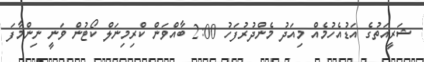
ޝަރީއަތުގެ އަޑުއެހުމެއް މިއަދު މެންދުރުފަހު 2:00 ބާއްވަން ކްރިމިނަލް ކޯޓުން ވަނީ ނިންމާފަ